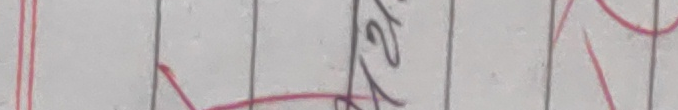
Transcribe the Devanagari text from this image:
तर